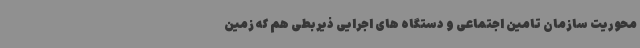
محوریت سازمان تامین اجتماعی و دستگاه های اجرایی ذیربطی هم که زمین